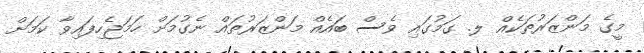
މީގެ މަންޒަރުތަކެއް ލ. ގަމުގައި ވެސް ބައެއް މަންޒަރުތައް ނެގުމަށް ހަމަޖެހިފައިވާ ކަމަށް